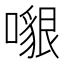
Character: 𠿵